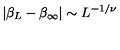
\left| \beta _ { L } - \beta _ { \infty } \right| \sim L ^ { - 1 / \nu }